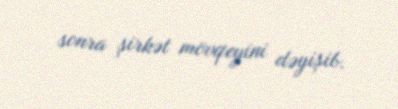
sonra şirkət mövqeyini dəyişib.